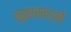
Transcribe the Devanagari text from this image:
मुळासारखे